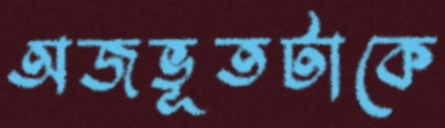
অজভূতটাকে